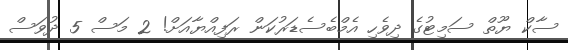
ސާކް ޔޫތް ސަމިޓުގެ ދިވެހި އެމްބެސެޑަރުކަން ރަފިއްޔާއަށް! 2 މަސް 5 ދުވަސް